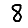
Digit: 8